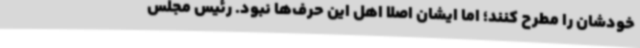
خودشان را مطرح کنند؛ اما ایشان اصلاً اهل این حرف‌ها نبود. رئیس مجلس